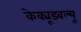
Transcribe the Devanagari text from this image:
केक्यूडबल्यू